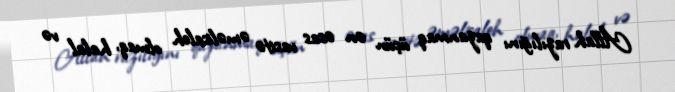
Allah razılığını qazanmaq üçün ən əsas vasitə əməlisaleh olmaq, halal və